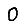
Digit: 0